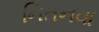
નિતનવા